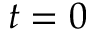
t = 0